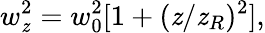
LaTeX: w_{\mathit{z}}^{2}=w_{0}^{2}[1+(\mathit{z}/\mathit{z}_{R})^{2}],